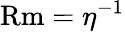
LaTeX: \mathrm{Rm}=\eta^{-1}